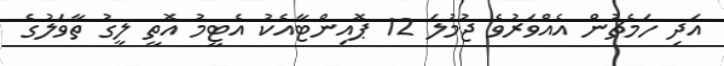
އަދި ހަމެޗުން އެއްވަރުވެ ޖުމުލަ 12 ޕޮއިންޓާއެކު އެޓީމު އޮތީ ލީގު ތާވަލުގެ